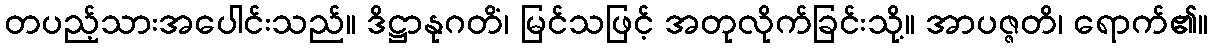
တပည့်သားအပေါင်းသည်။ ဒိဋ္ဌာနုဂတိံ၊ မြင်သဖြင့် အတုလိုက်ခြင်းသို့။ အာပဇ္ဇတိ၊ ရောက်၏။